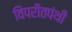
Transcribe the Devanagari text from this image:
विपरीतपंथी